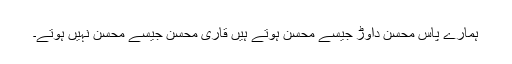
ہمارے پاس محسن داوڑ جیسے محسن ہوتے ہیں قاری محسن جیسے محسن نہیں ہوتے۔